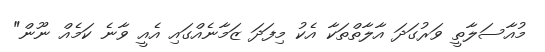
މުއާސަލާތީ ވަރުގަދަ އާލާތްތަކާ އެކު މިފަދަ ޒަމާނެއްގައި އެއީ ވާނެ ކަމެއް ނޫން"